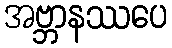
အဗ္ဘာနဿပေ